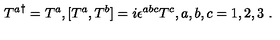
{ T ^ { a } } ^ { \dagger } = T ^ { a } , [ T ^ { a } , T ^ { b } ] = i \epsilon ^ { a b c } T ^ { c } , a , b , c = 1 , 2 , 3 \ .